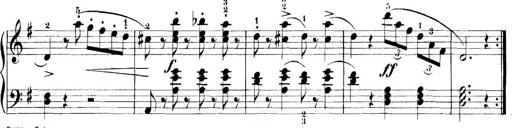
Title: 11 Sonatinas
Composer: Anton Diabelli